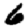
Digit: 6